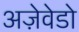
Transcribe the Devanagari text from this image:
अज़ेवेडो